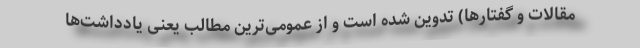
مقالات و گفتارها) تدوین شده است و از عمومی‌ترین مطالب یعنی یادداشت‌ها